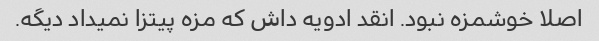
اصلا خوشمزه نبود. انقد ادویه داش که مزه پیتزا نمیداد دیگه.